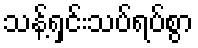
သန့်ရှင်းသပ်ရပ်စွာ